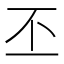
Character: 丕